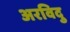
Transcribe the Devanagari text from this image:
अरविदु